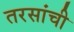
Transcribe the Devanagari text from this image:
तरसांची